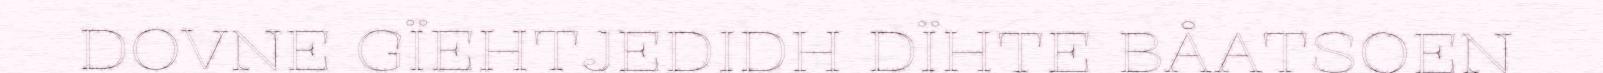
DOVNE GÏEHTJEDIDH DÏHTE BÅATSOEN